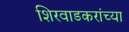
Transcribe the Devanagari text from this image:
शिरवाडकरांच्या